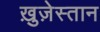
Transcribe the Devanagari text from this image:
ख़ुज़ेस्तान